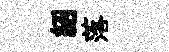
紹落